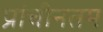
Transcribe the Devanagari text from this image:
प्रांचीनतम